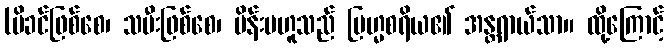
(မိခင်ဖြစ်စေ၊ သမီးဖြစ်စေ၊ မိန်းမဟူသည် ဗြဟ္မစရိယ၏ အန္တရာယ်သာ။ ထို့ကြောင့်